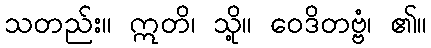
သတည်း။ ဣတိ၊ သို့။ ဝေဒိတဗ္ဗံ၊ ၏။